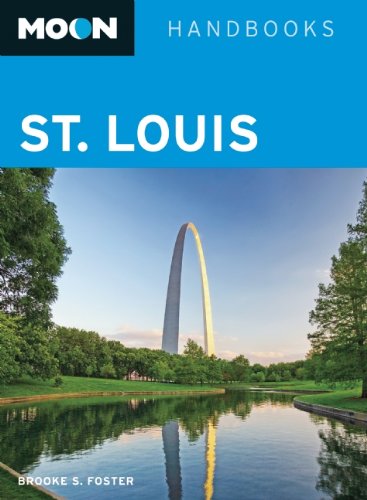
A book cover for Moon St. Louis (Moon Handbooks); Brooke S. Foster; Travel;